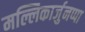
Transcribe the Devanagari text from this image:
मल्लिकार्जुनप्पा